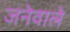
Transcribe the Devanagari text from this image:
जनेवाले